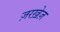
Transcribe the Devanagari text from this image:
ज़रख़ेज़